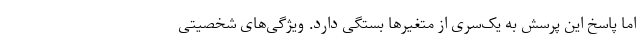
اما پاسخ این پرسش به یک‌سری از متغیرها بستگی دارد. ویژگی‌های شخصیتی